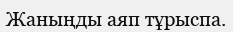
Жаныңды аяп тұрыспа.